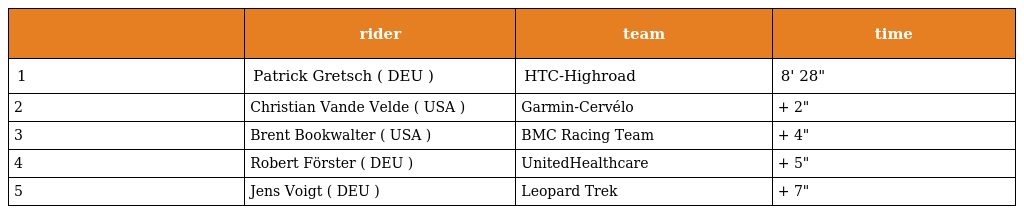
|  | rider | team | time |
 | --- | --- | --- | --- |
 | 1 | Patrick Gretsch ( DEU ) | HTC-Highroad | 8' 28" |
 | 2 | Christian Vande Velde ( USA ) | Garmin-Cervélo | + 2" |
 | 3 | Brent Bookwalter ( USA ) | BMC Racing Team | + 4" |
 | 4 | Robert Förster ( DEU ) | UnitedHealthcare | + 5" |
 | 5 | Jens Voigt ( DEU ) | Leopard Trek | + 7" |